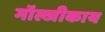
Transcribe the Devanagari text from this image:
गॉल्जीकाय